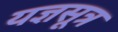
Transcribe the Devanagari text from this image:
यज्ञसूत्र